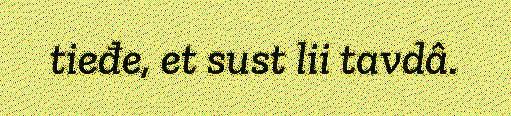
tieđe, et sust lii tavdâ.